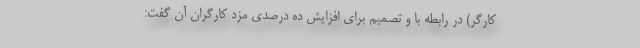
کارگر) در رابطه با و تصمیم برای افزایش ده درصدی مزد کارگران آن گفت: